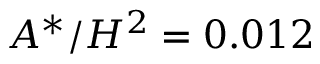
A ^ { * } / H ^ { 2 } = 0 . 0 1 2